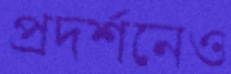
প্রদর্শনেও